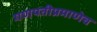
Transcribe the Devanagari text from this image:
गणपतीप्रमाणेच